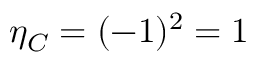
\eta _ { C } = ( - 1 ) ^ { 2 } = 1